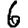
Digit: 6